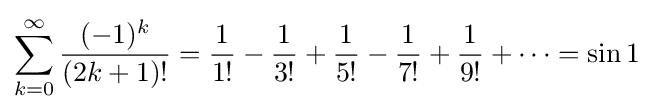
\sum _{k=0}^{\infty }{\frac {(-1)^{k}}{(2k+1)!}}={\frac {1}{1!}}-{\frac {1}{3!}}+{\frac {1}{5!}}-{\frac {1}{7!}}+{\frac {1}{9!}}+\cdots =\sin 1